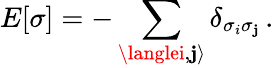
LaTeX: E[\sigma]=-\sum_{\langlei,\mathbf{j}\rangle}\delta_{\sigma_{i}\sigma_{\mathbf{j}}}\, .